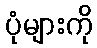
ပုံများကို